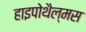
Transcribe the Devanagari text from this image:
हाइपोथैल्मस